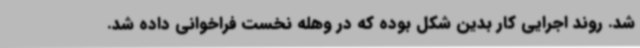
شد. روند اجرایی کار بدین شکل بوده که در وهله نخست فراخوانی داده شد.